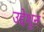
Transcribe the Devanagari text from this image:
उद्देशुन